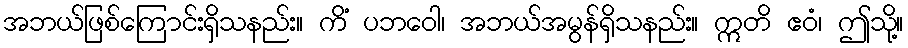
အဘယ်ဖြစ်ကြောင်းရှိသနည်း။ ကိံ ပဘဝေါ၊ အဘယ်အမွန်ရှိသနည်း။ ဣတိ ဧဝံ၊ ဤသို့။